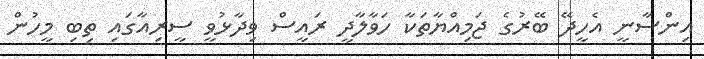
އިންސާނީ އެހީދޭ ބޭރުގެ ޖަމިއްޔާތަކާ ހަވާލާދީ ރައީސް ވިދާޅުވީ ސީރިއާގައި ތިބި މީހުން